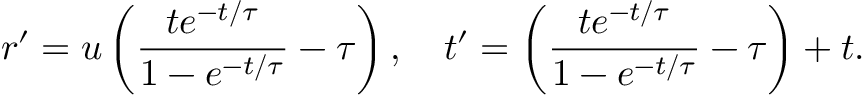
\boldsymbol { r } ^ { \prime } = \boldsymbol { u } \left( \frac { t e ^ { - t / \tau } } { 1 - e ^ { - t / \tau } } - \tau \right) , \quad t ^ { \prime } = \left( \frac { t e ^ { - t / \tau } } { 1 - e ^ { - t / \tau } } - \tau \right) + t .